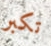
تكبر